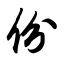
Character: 份